Rakvere_kinnistusamet, lk 2
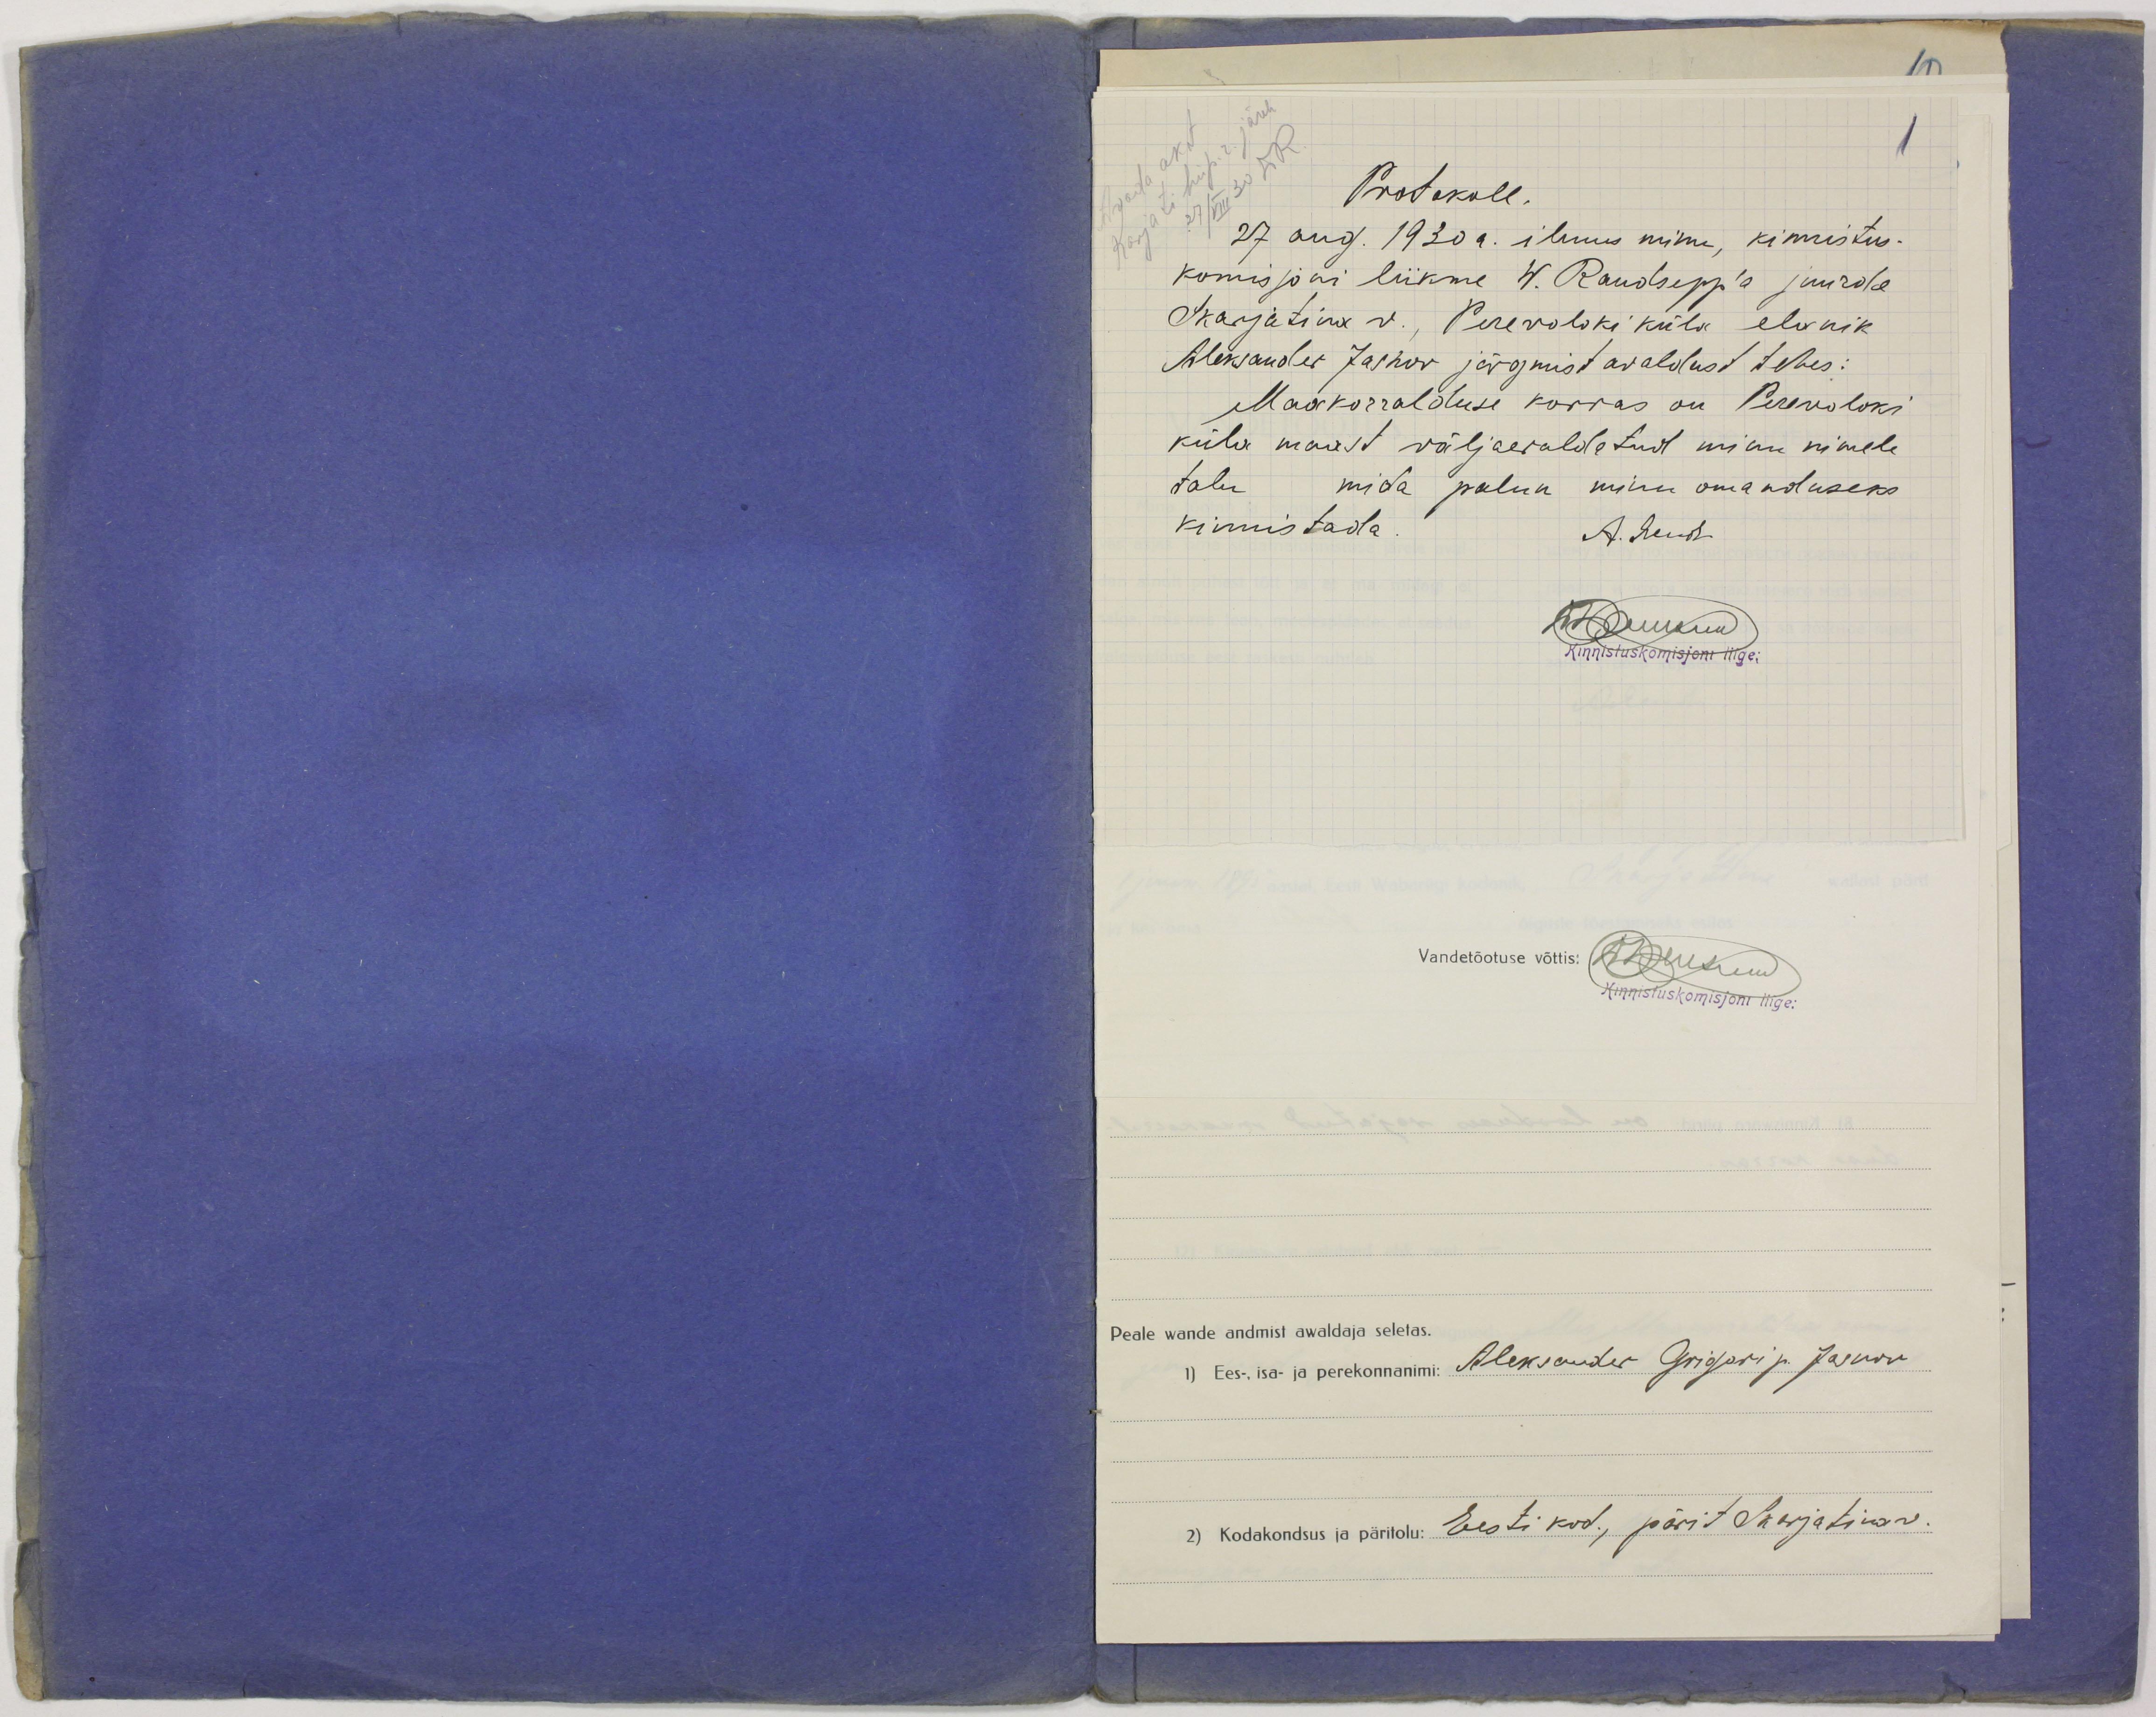
1
Protokoll.
27 aug. 1930 a. ilmus minu, kinnistus-
komisjoni liikme W. Raudsepp'a juurde
Skarjatina v., Perevoloki küla elanik
Aleksander Jasnov järgmist avaldust tehes:
Maakorralduse korras on Perevoloki
küla maast väljaeraldatud minu nimele
talu mida palun minu omanduseks
kinnistada.
Kinnistuskomisjoni liige:
Vandetõotuse võttis: WRaudsepp
Kinnistuskomisjoni liige:
Peale wande andmist awaldaja seletas.
1) Ees-, isa- ja perekonnanimi: Aleksander Grigori p. Jasnov
2) Kodakondsus ja päritolu: Eesti kod., pärit Skarjatina v.